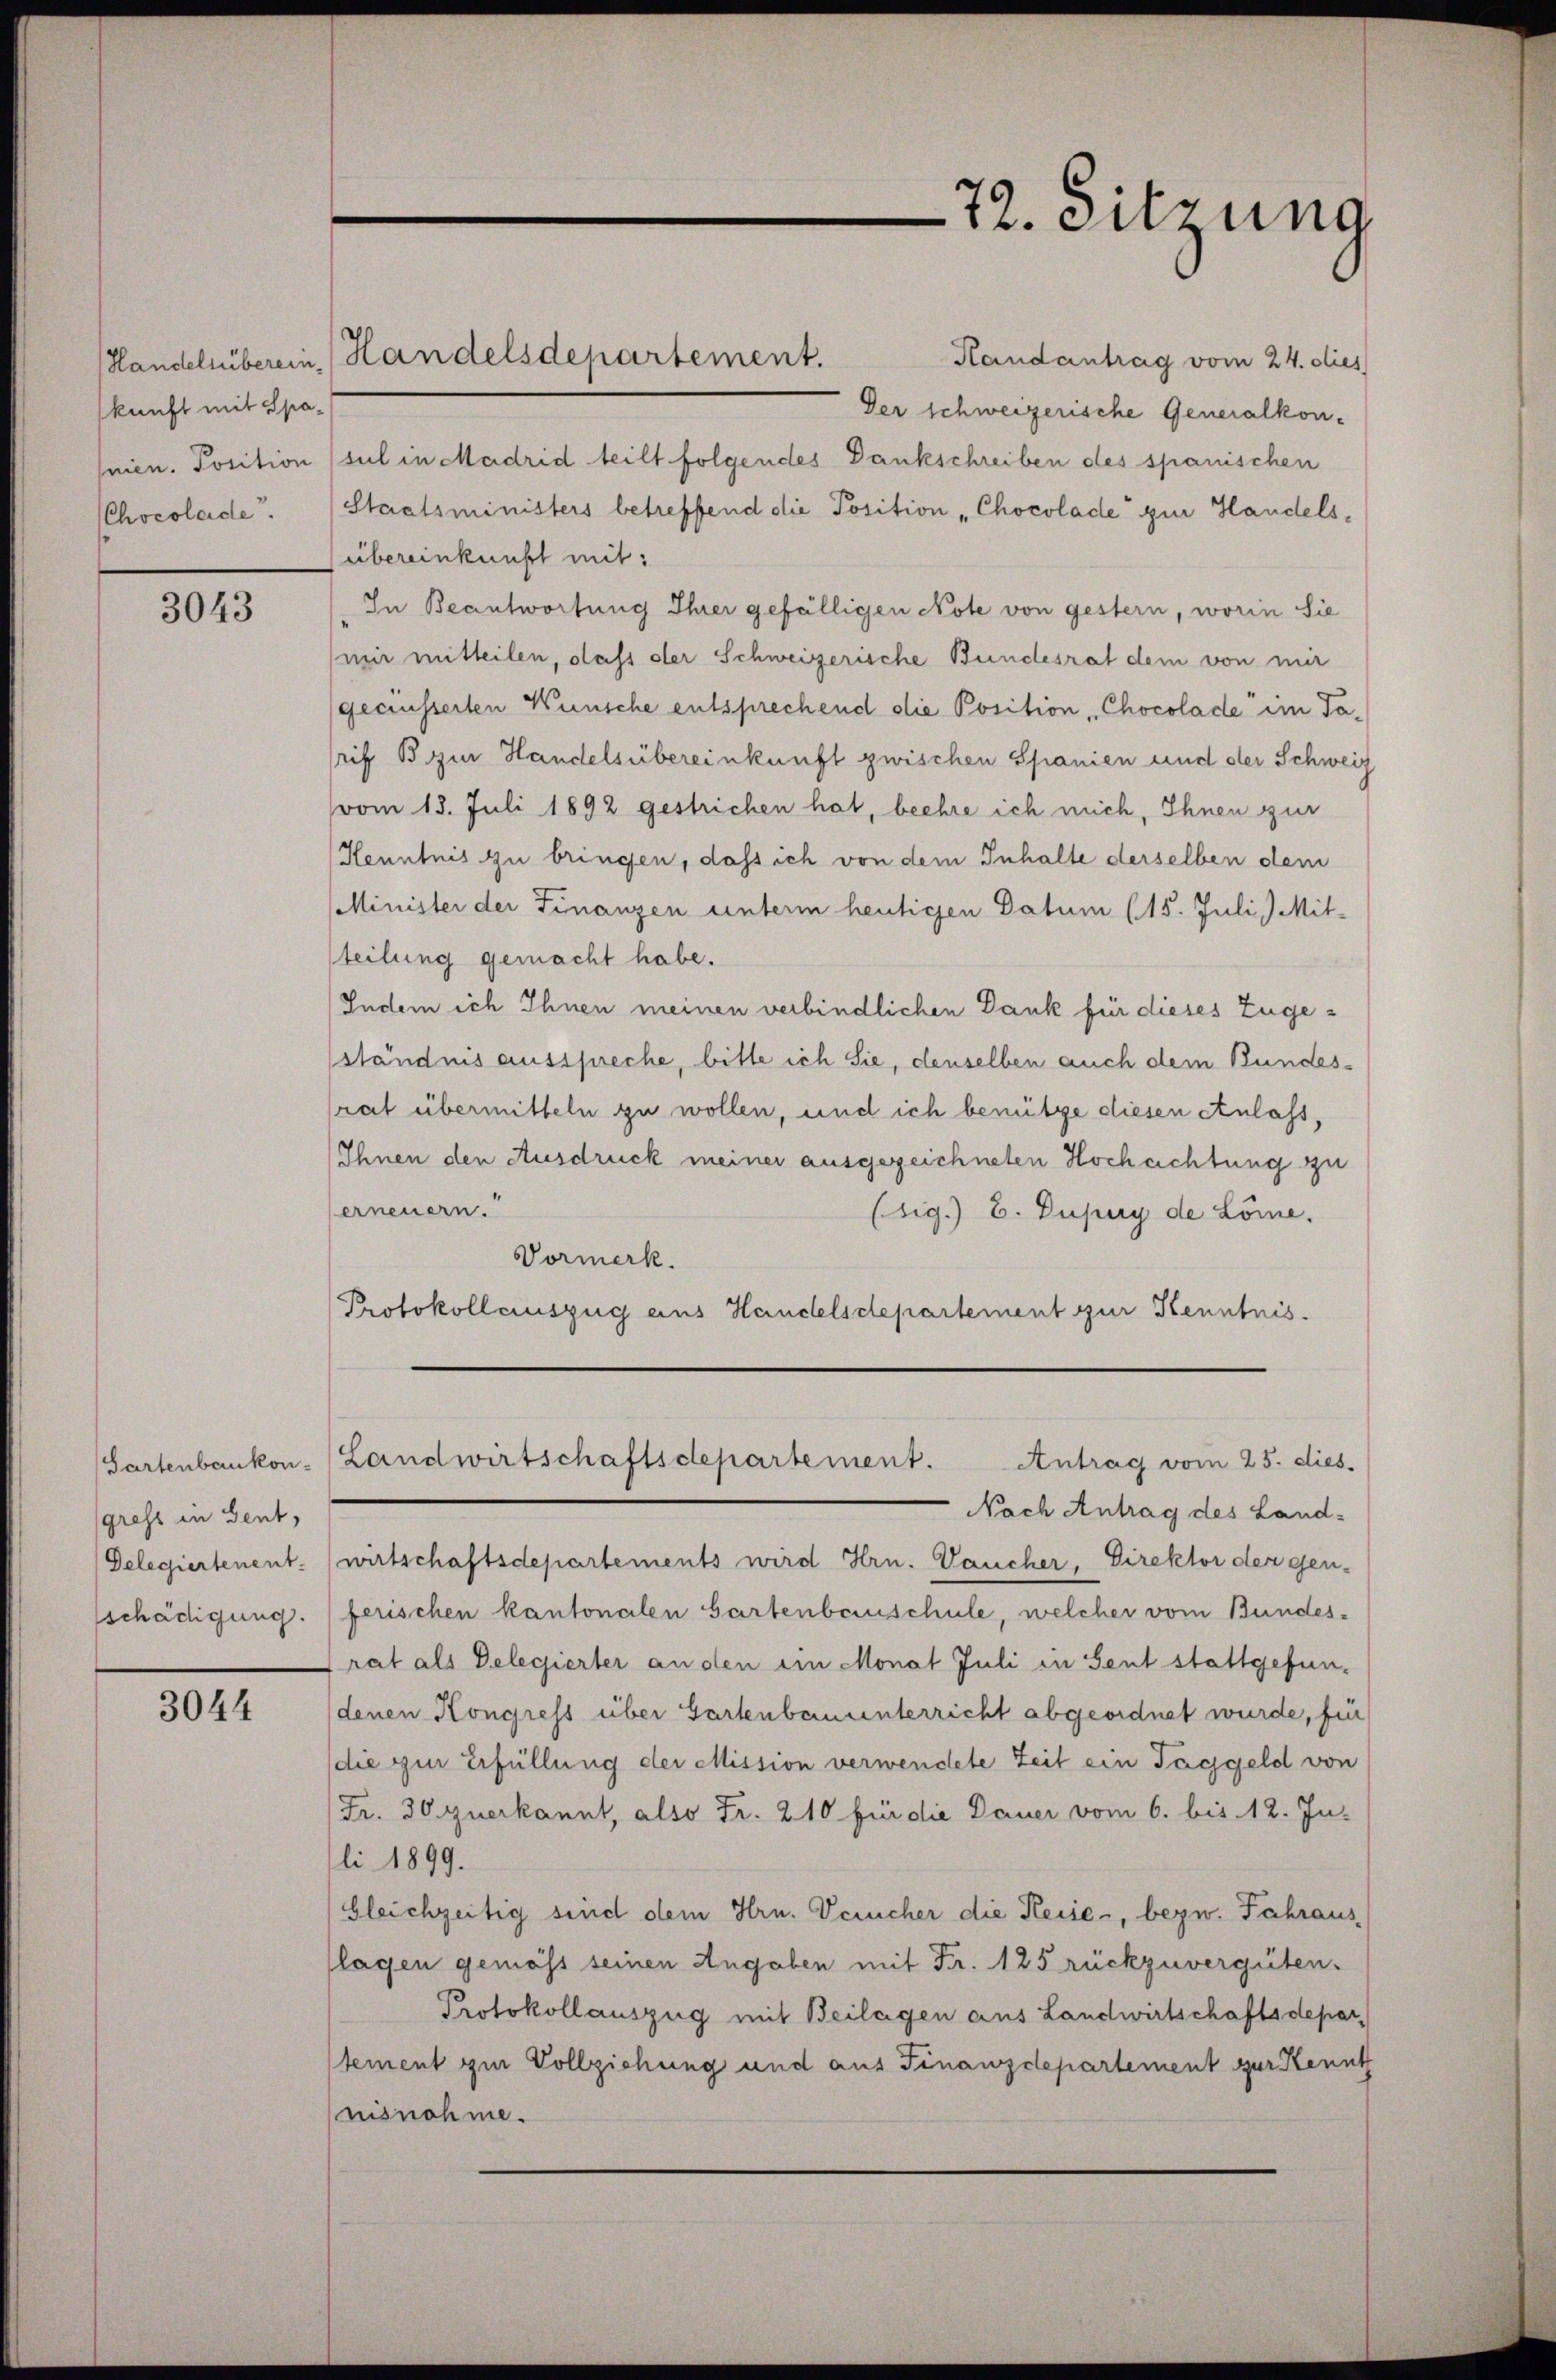
kunft mit Spa¬

3043

gress in Gent,
Delegiertenent.
schädigung.

3044

Handelsüberein Handelsdepartement.

72. Sitzung

Handantrag vom 24. dies
Der schweizerische Generalkonnien. Position (sul in Madrid teilt folgendes Dankschreiben des spanischen
CChocolade. (Staatsministers betreffend die Position "Chocolade zur Handelsübereinkunft mit:
In Beantwortung Ihrer gefälligen Note von gestern, worin Sie
mir mitteilen, dass der Schweizerische Bundesrat dem von mir
geciusserten Wünsche entsprechend die Position, Chocolade im Tasrif B zur Handelsübereinkunft zwischen Spanien und der Schweiz
vom 13. Juli 1892 gestrichen hat, beehre ich mich, Ihnen zur
Kenntnis zu bringen, dass ich von dem Inhalte derselben dem
Minister der Finanzen unterm heutigen Datum (15. Juli) Mit-
teilung gemacht habe.
Indem ich Ihnen meinen verbindlichen Dank für dieses Zugeständnis ausspreche, bitte ich Sie, denselben auch dem Bundesrat übermitteln zu wollen, und ich benütze diesen Anlass,
Ihnen den Ausdruck meiner ausgezeichneten Hochachtung zu
erneuern.
(sig.) C. Dupuy de Löme.
Vormerk.
Protokollauszug aus Handelsdepartement zur Kenntnis.

Nach Antrag des Land-
wirtschaftsdepartements wird Hrn. Dancher, Direktor der gen-
ferischen kantonalen Gartenbauschule, welcher vom Bundes-
rat als Delegierter an den ein Monat Juli in Sent stattgefundenen Kongress über Gartenbauunterricht abgeordnet wurde, für
die zur Erfüllung der Mission verwendete Zeit ein Taggeld von
Fr. 30 zuerkannt, also Fr. 210 für die Dauer vom 6. bis 12. Ju-
li 1899.
bleichzeitig sind dem Hrn. Verucher die Reise, bezw. Jahraus
(lagen gemäss seinen Angaben mit Fr. 125 rückzuvergüten.
Protokollauszug mit Beilagen aus Landwirtschaftsdepar
tement zur Vollziehung und aus Finanzdepartement zur Kennt
nisnahme.

Gartenbankon-Landwirtschaftsdepartement.
Antrag vom 25. dies